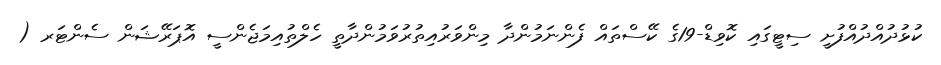
ކުޅުދުއްދުއްފުށީ ސިޓީގައި ކޮވިޑް-19ގެ ކޭސްތައް ފެންނަމުންދާ މިންވަރުއިތުރުވަމުންދާތީ ހެލްތުއިމަޖެންސީ އޮޕަރޭޝަން ސެންޓަރ (